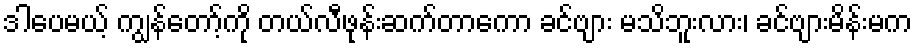
ဒါပေမယ့် ကျွန်တော့်ကို တယ်လီဖုန်းဆက်တာကော ခင်ဗျား မသိဘူးလား၊ ခင်ဗျားမိန်းမက